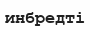
инбредті